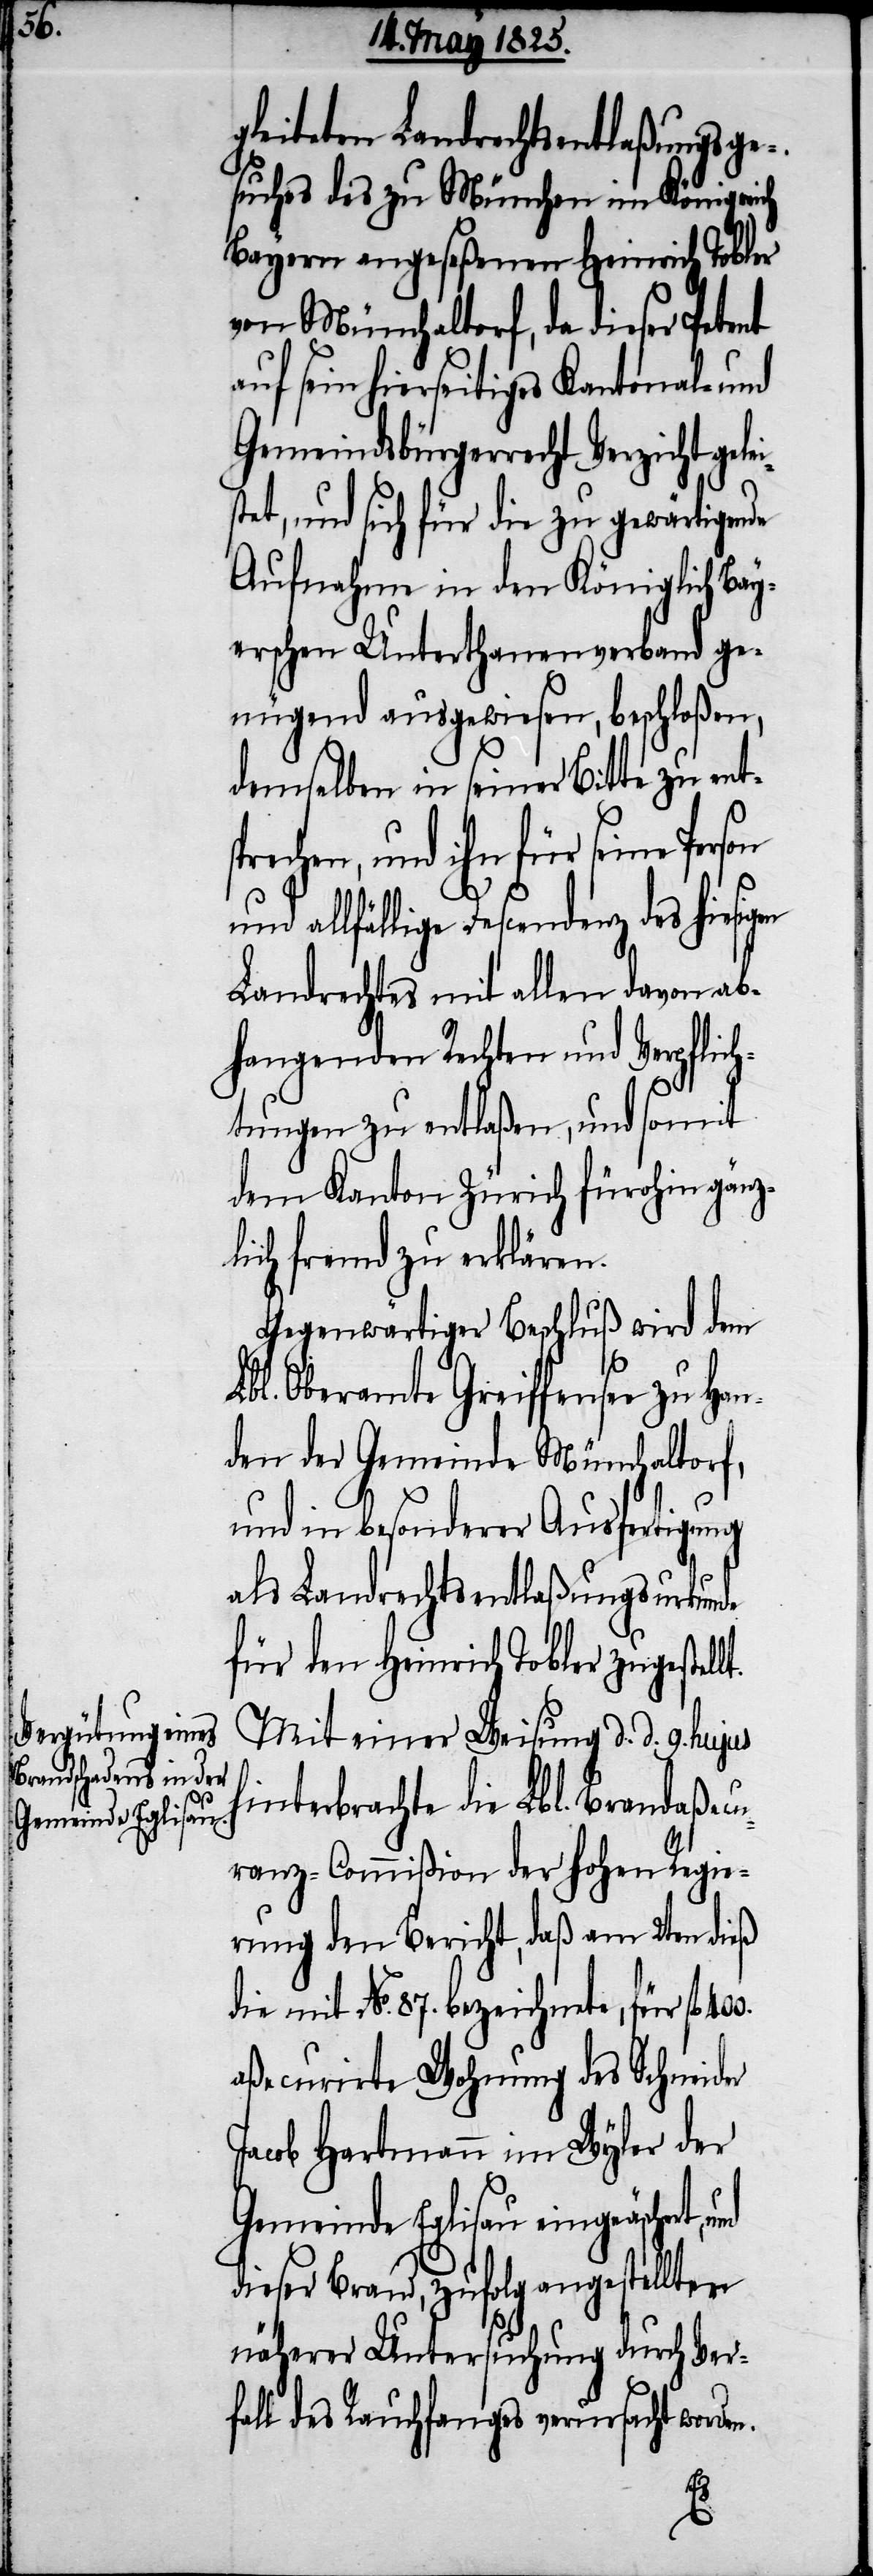
jus

gleiteten Landrechtsentlaßungsge¬
suches des zu München im Königrei¬
Bayern angeseßenen Heinrich Tobler
von Münchaltorf, da dieser Petent
auf sein hierseitiges Kantonal- und
Gemeindsbürgerrecht Verzicht ge¬
stet, und sich für die zu gewärtigende
Aufnahme in den Königlich Bay¬
erschen Unterthanenverband ge¬
nügend ausgewiesen, beschloßen,
demselben in seiner Bitte zu ent¬
echen, und ihn für seine Per¬
und allfällige Descendenz des hiesig¬
Landrechts mit allen davon ab¬
hangenden Rechten und Verpflich¬
tungen zu entlaßen, und somit
dem Kanton Zürich fürohin gänz¬
lich fremd zu erklären.
Gegenwärtiger Beschluß wird dem
Lbl. Oberamte Greiffensee zu Han¬
den der Gemeinde Münchaltorf,
und in besonderer Ausfertigung
als Landrechtsentlaßungsurkunde
für Heinrich Tobler zugestell¬
Mit einer Weisung d. d. 9. hu¬
hinterbrachte die Lbl. Brandaßecu¬
ranz-Commißion der hohen Regie¬
rung den Bericht, daß am 2ten dieß
die mit No. 87. bezeichnete, für fl
aßecurirte Wohnung des Schneider
Jacob Hartmann im Wyler der
Gemeinde Eglisau eingeäschert,
dieser Brand, zufolg angestellter
näherer Untersuchung durch Ver¬
fall des Rauchfanges verursacht worde¬
n.